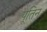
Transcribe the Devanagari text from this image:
पूतिन